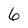
Character: 6